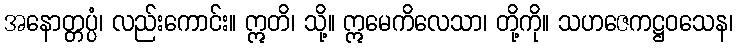
အနောတ္တပ္ပံ၊ လည်းကောင်း။ ဣတိ၊ သို့။ ဣမေကိလေသာ၊ တို့ကို။ သဟဇေကဋ္ဌဝသေန၊